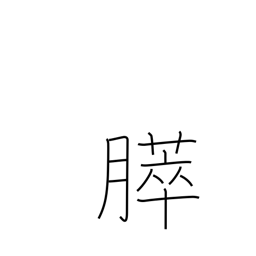
Meaning: pancreas